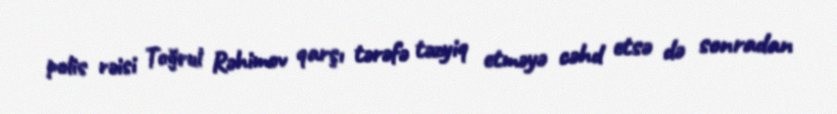
polis rəisi Toğrul Rəhimov qarşı tərəfə təzyiq etməyə cəhd etsə də sonradan